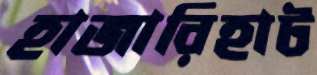
হাজারিহাট